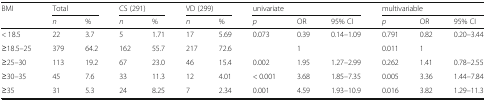
| <ROWSPAN=2> BMI | <COLSPAN=2> Total | <COLSPAN=2> CS (291) | <COLSPAN=2> VD (299) | <COLSPAN=3> univariate | <COLSPAN=3> multivariable |
 | n | % | n | % | n | % | p | OR | 95% CI | p | OR | 95% CI |
 | --- | --- | --- | --- | --- | --- | --- | --- | --- | --- | --- | --- | --- |
 | < 18.5 | 22 | 3.7 | 5 | 1.71 | 17 | 5.69 | 0.073 | 0.39 | 0.14–1.09 | 0.791 | 0.82 | 0.20–3.44 |
 | ≥18.5–25 | 379 | 64.2 | 162 | 55.7 | 217 | 72.6 |  | 1 |  | 0.011 | 1 |  |
 | ≥25–30 | 113 | 19.2 | 67 | 23.0 | 46 | 15.4 | 0.002 | 1.95 | 1.27–2.99 | 0.262 | 1.41 | 0.78–2.55 |
 | ≥30–35 | 45 | 7.6 | 33 | 11.3 | 12 | 4.01 | < 0.001 | 3.68 | 1.85–7.35 | 0.005 | 3.36 | 1.44–7.84 |
 | ≥35 | 31 | 5.3 | 24 | 8.25 | 7 | 2.34 | 0.001 | 4.59 | 1.93–10.9 | 0.016 | 3.82 | 1.29–11.3 |